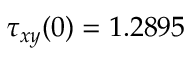
\tau _ { x y } ( 0 ) = 1 . 2 8 9 5